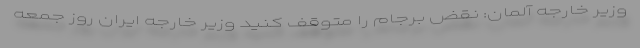
وزیر خارجه آلمان: نقض برجام را متوقف کنید وزیر خارجه ایران روز جمعه